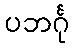
ပဘင်္ဂု